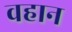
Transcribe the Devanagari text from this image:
वहान